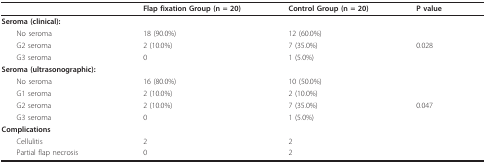
|  | Flap fixation Group (n = 20) | Control Group (n = 20) | P value |
 | --- | --- | --- | --- |
 | Seroma (clinical): |  |  |  |
 | No seroma | 18 (90.0%) | 12 (60.0%) |  |
 | G2 seroma | 2 (10.0%) | 7 (35.0%) | 0.028 |
 | G3 seroma | 0 | 1 (5.0%) |  |
 | Seroma (ultrasonographic): |  |  |  |
 | No seroma | 16 (80.0%) | 10 (50.0%) |  |
 | G1 seroma | 2 (10.0%) | 2 (10.0%) |  |
 | G2 seroma | 2 (10.0%) | 7 (35.0%) | 0.047 |
 | G3 seroma | 0 | 1 (5.0%) |  |
 | Complications |  |  |  |
 | Cellulitis | 2 | 2 |  |
 | Partial flap necrosis | 0 | 2 |  |